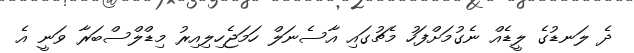
ދެ ލަނޑުގެ ލީޑެއް ނެގުމަށްފަހު މެޗުގައި އާސެނަލް ހަމަޖެހިލިއިރު މިޑްލްސްބަރާ ވަނީ އެ